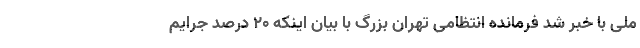
ملی با خبر شد فرمانده انتظامی تهران بزرگ با بیان اینکه ۲۰ درصد جرایم